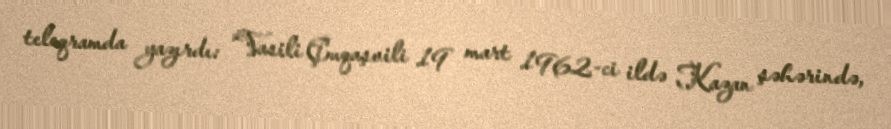
teleqramda yazırdı: “Vasili Çuqaşvili 19 mart 1962-ci ildə Kazan şəhərində,